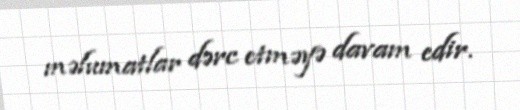
məlumatlar dərc etməyə davam edir.